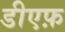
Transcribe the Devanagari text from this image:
डीएफ़